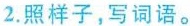
2.照样子，写词语。